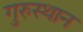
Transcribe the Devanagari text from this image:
गुरुस्थान